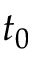
t _ { 0 }